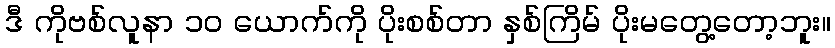
ဒီ ကိုဗစ်လူနာ ၁ဝ ယောက်ကို ပိုးစစ်တာ နှစ်ကြိမ် ပိုးမတွေ့တော့ဘူး။